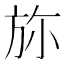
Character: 𣃥